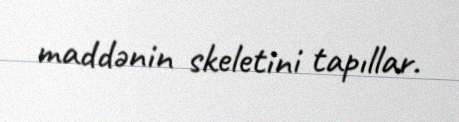
maddənin skeletini tapıllar.